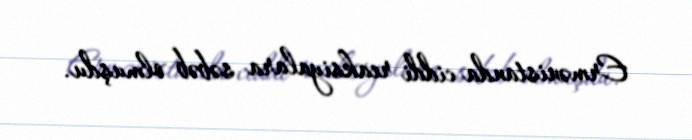
Ermənistanda ciddi reaksiyalara səbəb olmuşdu.